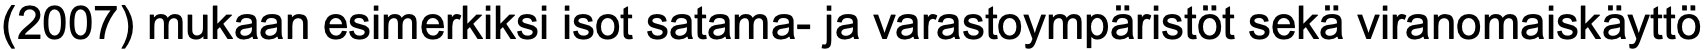
(2007) mukaan esimerkiksi isot satama- ja varastoympäristöt sekä viranomaiskäyttö